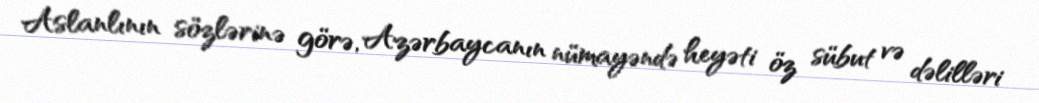
Aslanlının sözlərinə görə, Azərbaycanın nümayəndə heyəti öz sübut və dəlilləri